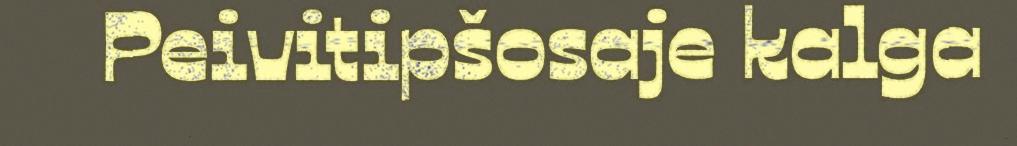
Peivitipšosaje kalga